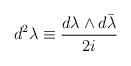
LaTeX: \begin{align*}d^{2}\lambda\equiv\frac{d\lambda\wedge d\bar{\lambda}}{2i}\end{align*}